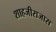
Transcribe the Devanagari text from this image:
शाहजीराजास